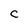
Character: C